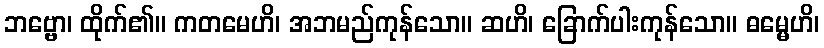
ဘဗ္ဗော၊ ထိုက်၏။ ကတမေဟိ၊ အဘမည်ကုန်သော။ ဆဟိ၊ ခြောက်ပါးကုန်သော။ ဓမ္မေဟိ၊